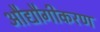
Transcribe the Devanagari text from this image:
औद्यौगीकरण